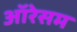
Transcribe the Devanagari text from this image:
ऑरेसम